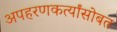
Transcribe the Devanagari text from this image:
अपहरणकर्त्यांसोबत